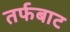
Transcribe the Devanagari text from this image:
तर्फबाट